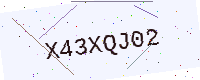
Text: X43XQJ02